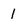
Character: I